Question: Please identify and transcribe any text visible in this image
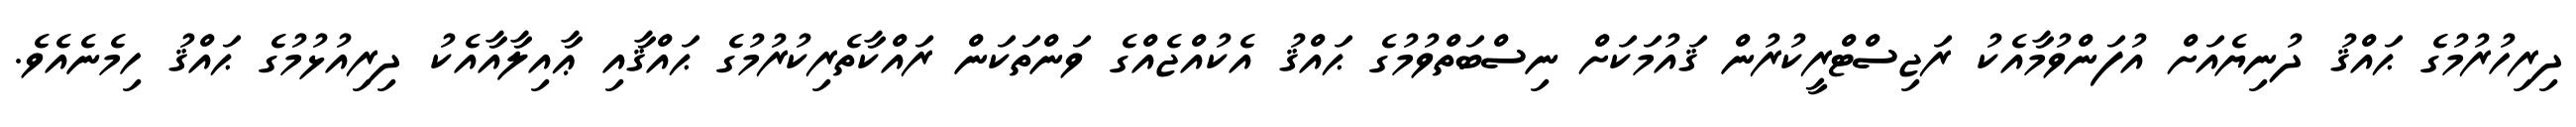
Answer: ދިރިހުރުމުގެ ޙައްޤު ދުނިޔެއަށް އުފަންވުމާއެކު ރަޖިސްޓްރީކުރުން ޤައުމަކަށް ނިސްބަތްވުމުގެ ޙައްޤު އެކުއްޖެއްގެ ވަންތަކަން ރައްކާތެރިކުރުމުގެ ޙައްޤާއި ޢާއިލާއާއެކު ދިރިއުޅުމުގެ ޙައްޤު ހިމެނެއެވެ.